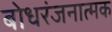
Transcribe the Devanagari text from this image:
बोधरंजनात्मक